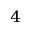
^ 4